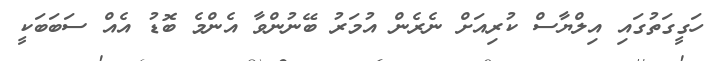
ހަގީގަތުގައި އިލްޔާސް ކުރިއަށް ނެރެން އުމަރު ބޭނުންވާ އެންމެ ބޮޑު އެއް ސަބަބަކީ